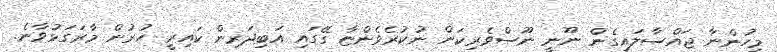
މީހުންނާ ޖައްސާލައިގެން ނޫނީ ނޫސްވެރިކަން ނުކުރެވެންޏާ ގޭގައި އަބިދަރިން ކައިރީ ހުރުން މާރަގަޅުވާނެ.